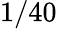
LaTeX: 1/40